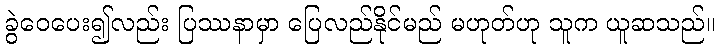
ခွဲဝေပေး၍လည်း ပြဿနာမှာ ပြေလည်နိုင်မည် မဟုတ်ဟု သူက ယူဆသည်။